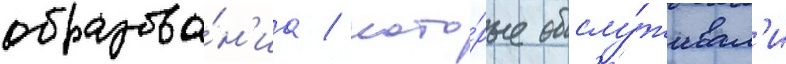
образова́н'иа / кото́рые обслу́живал'и